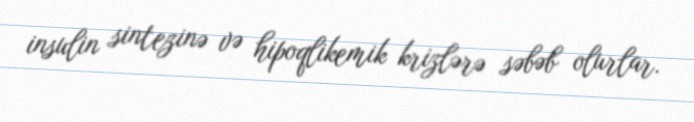
insulin sintezinə və hipoqlikemik krizlərə səbəb olurlar.